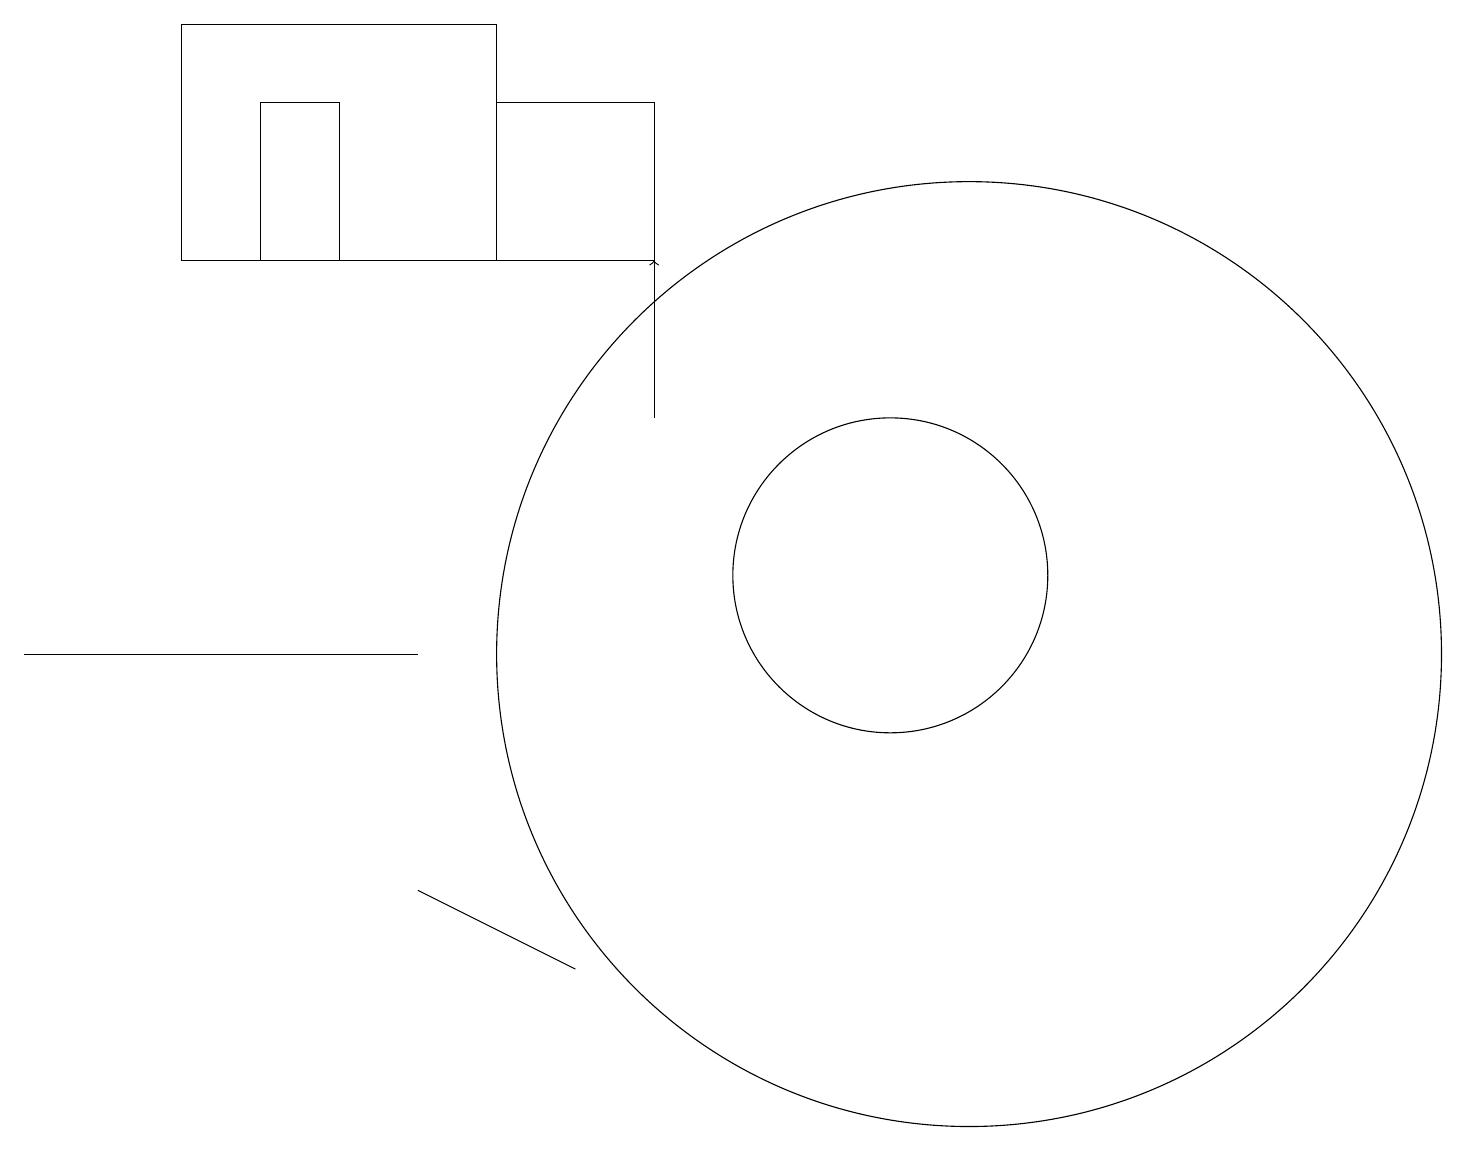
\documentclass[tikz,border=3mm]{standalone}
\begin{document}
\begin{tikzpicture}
\draw (5,10) rectangle (0,10);
\draw (8,15) rectangle (6,17);
\draw (12,10) circle (6);
\draw (3,17) rectangle (4,15);
\draw (2,18) rectangle (6,15);
\draw (7,6) -- (7,6) -- (5,7) -- cycle;
\draw (11,11) circle (2);
\draw[->] (8,13) -- (8,15);
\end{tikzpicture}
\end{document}